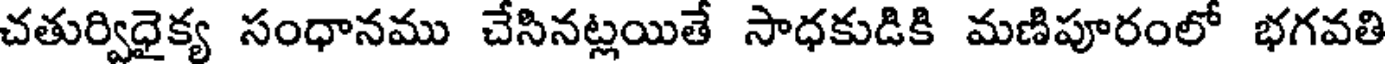
చతుర్విధైక్య సంధానము చేసినట్లయితే సాధకుడికి మణిపూరంలో భగవతి